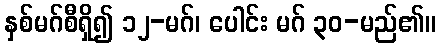
နှစ်မဂ်စီရှိ၍ ၁၂-မဂ်၊ ပေါင်း မဂ် ၃၀-မည်၏။